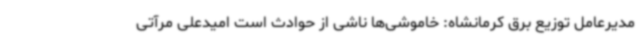
مدیرعامل توزیع برق کرمانشاه: خاموشی‌ها ناشی از حوادث است امیدعلی مرآتی